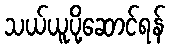
သယ်ယူပို့ဆောင်ရန်